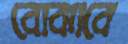
বোঝাবে